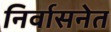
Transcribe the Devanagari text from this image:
निर्वासनेत